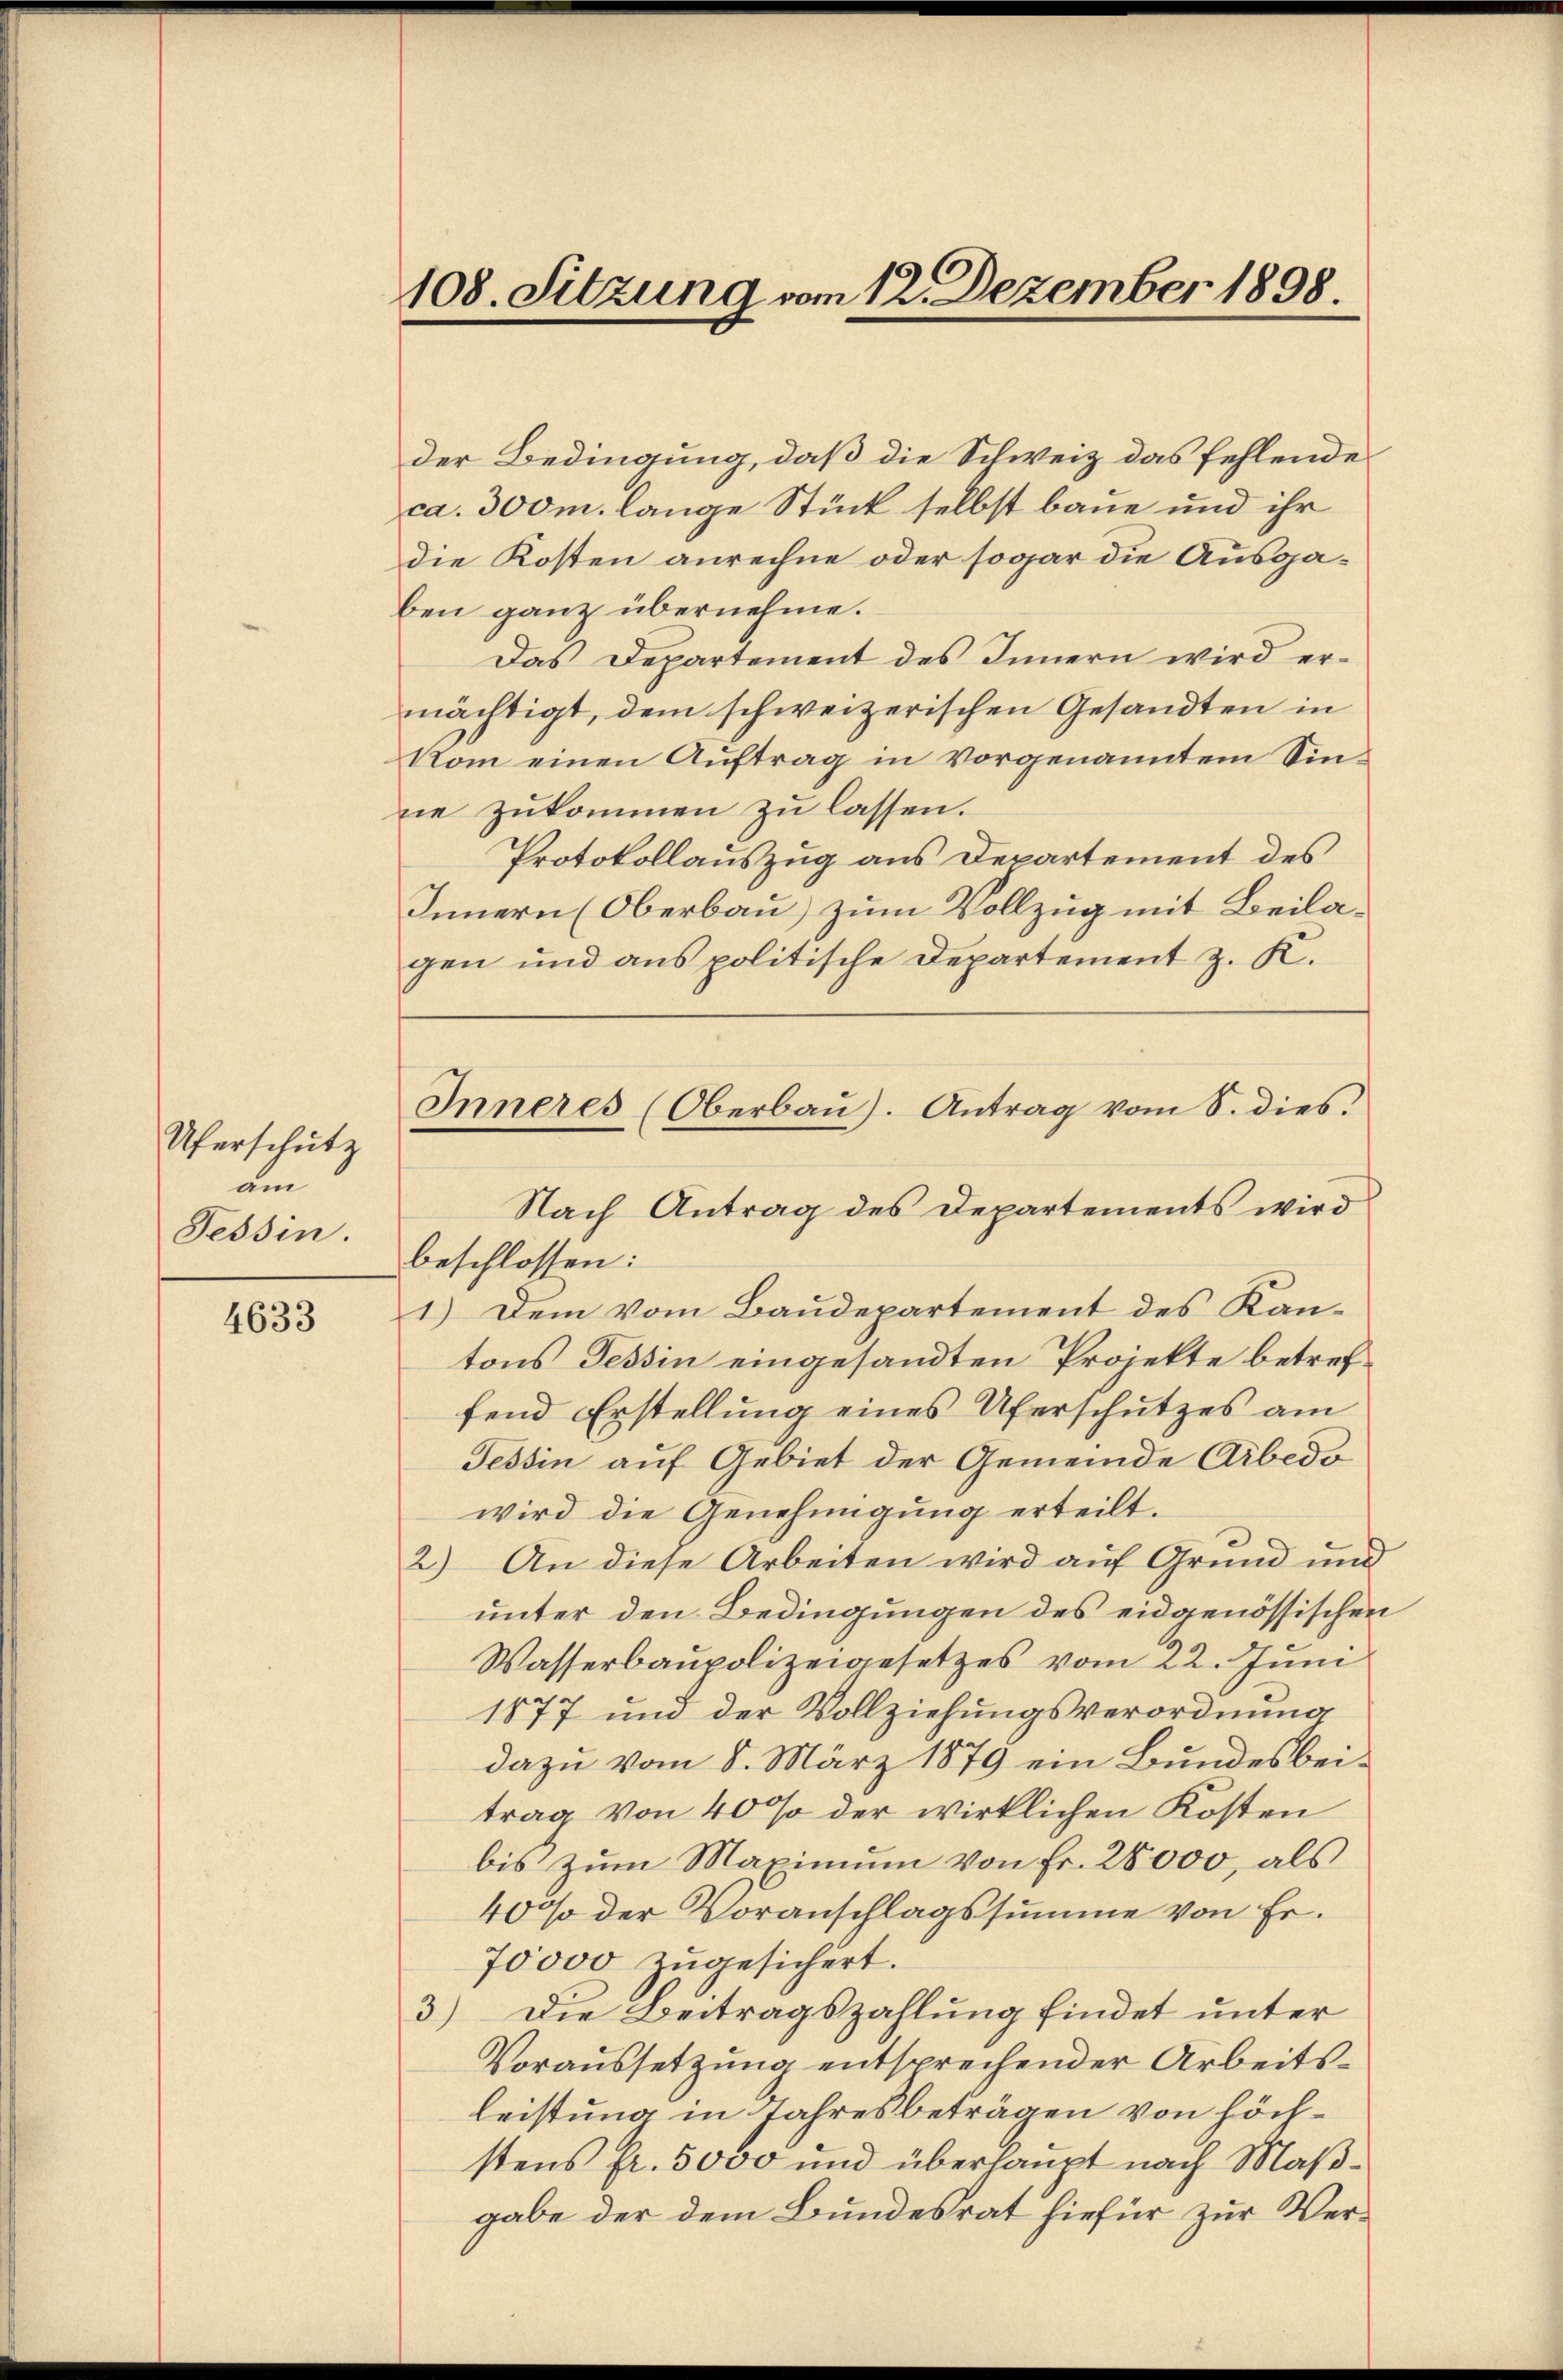
Uferschutz
am
Tessin.

4633

108. Sitzung vom 12. Dezember 1898.

Inneres (Oberbaŭ). Antrag vom S. dies.

der Bedingung, daß die Schweiz das fehlende
ca. 300m lange Stück selbst baue und ihr
die Kosten anrechne oder sogar die Ausgaben ganz übernehme.
Das Departement des Innern wird ermächtigt, dem schweizerischen Gesandten in
Vom einen Auftrag in vorgenanntem Sinne zukommen zu lassen.
Protokollauszug aus Departement des
Innern (Oberbau) zum Vollzug mit Beilagen und ans politische Departement z. R.
Nach Antrag des Departements wird
beschlossen:
1.) Dem vom Baudepartement des Kantons Tessin eingesandten Projekte betreffend Erstellung eines Uferschutzes am
Tessin auf Gebiet der Gemeinde Arbedo
wird die Genehmigung erteilt.
2) An diese Arbeiten wird auf Grund und
unter den Bedingungen des eidgenössischen
Wasserbaupolizeigesetzes vom 22. Juni
1877 und der Vollziehungsverordnung
dazu vom 8. März 1879 ein Bundesbeitrag von 40% der wirklichen Kosten
bis zum Maximum von Fr. 28000, als
40% der Voranschlagssumme von Er¬
70000 zugesichert.
3) Die Beitragszahlung findet unter
Voraussetzung entsprechender Arbeitsleistung in Jahresbeträgen von höchstens fr. 5000 und überhaupt nach Maßgabe der dem Bundesrat hiefür zur Ver¬